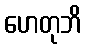
ဟေတုဘိ